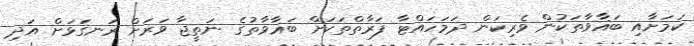
ކަމަށާއި ބަޣާވާތަކުން ވެރިކަން ދަމަހައްޓާ ފަރާތްތަކަށް ބަޣާވާތުގެ ނަތީޖާ ވަރަށް ރަނގަޅަށް އަދި